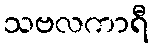
သဗလကာရီ